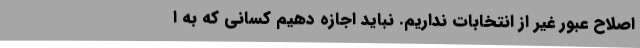
اصلاح عبور غیر از انتخابات نداریم. نباید اجازه دهیم کسانی که به ا